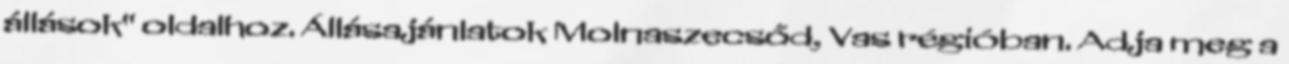
állások" oldalhoz. Állásajánlatok Molnaszecsőd, Vas régióban. Adja meg a